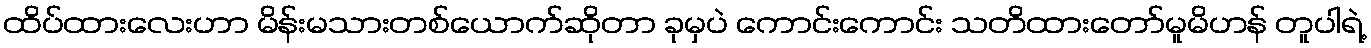
ထိပ်ထားလေးဟာ မိန်းမသားတစ်ယောက်ဆိုတာ ခုမှပဲ ကောင်းကောင်း သတိထားတော်မူမိဟန် တူပါရဲ့